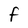
Character: F